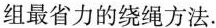
组最省力的绕绳方法.